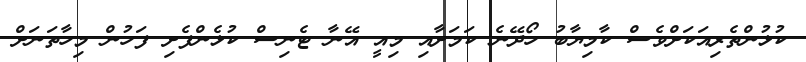
ކުޅުންތެރިއަކަށްވެސް ކާމިޔާބު ހޯދޭނެ ކަމަށާއި މިއީ އޭނާ ޓެނިސް ކުޅެންފެށި ފަހުން މިހާތަނަށް